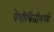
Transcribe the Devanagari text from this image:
पेशीभित्तीमध्ये